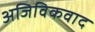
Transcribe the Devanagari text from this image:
अजिविकवाद